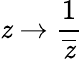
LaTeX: \mathit{z}\rightarrow{\frac{{1}}{{\overline{{{\mathit{z}}}}}}}